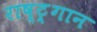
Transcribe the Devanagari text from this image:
राष्ट्र्गान